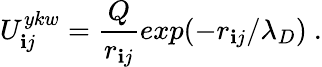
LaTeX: {U_{\mathbf{i}j}^{ykw}={\frac{{Q}}{{r_{\mathbf{i}j}}}}exp(-{r_{\mathbf{i}j}}/{\lambda_{D}})}{~.}